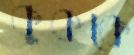
কুককে